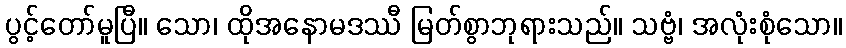
ပွင့်တော်မူပြီ။ သော၊ ထိုအနောမဒဿီ မြတ်စွာဘုရားသည်။ သဗ္ဗံ၊ အလုံးစုံသော။